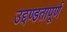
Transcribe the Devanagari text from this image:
उद्दण्डतापूर्ण